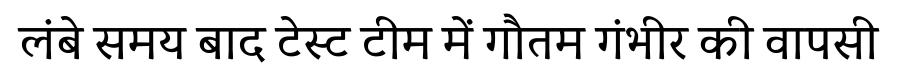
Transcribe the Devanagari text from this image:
लंबे समय बाद टेस्ट टीम में गौतम गंभीर की वापसी